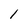
Character: 1